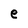
Character: e